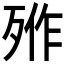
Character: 𣨐